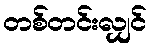
တစ်တင်းလျှင်